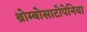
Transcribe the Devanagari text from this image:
थ्रोम्बोसाटोपेनिया